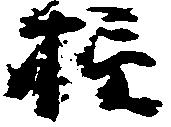
損